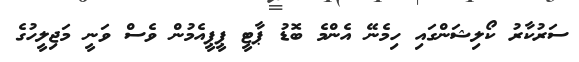
ސަރުކާރު ކޯލިޝަންގައި ހިމެނޭ އެންމެ ބޮޑު ޕާޓީ ޕީޕީއެމުން ވެސް ވަނީ މަޖިލީހުގެ